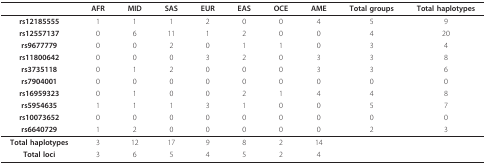
|  | AFR | MID | SAS | EUR | EAS | OCE | AME | Total groups | Total haplotypes |
 | --- | --- | --- | --- | --- | --- | --- | --- | --- | --- |
 | rs12185555 | 1 | 1 | 1 | 2 | 0 | 0 | 4 | 5 | 9 |
 | rs12557137 | 0 | 6 | 11 | 1 | 2 | 0 | 0 | 4 | 20 |
 | rs9677779 | 0 | 0 | 2 | 0 | 1 | 1 | 0 | 3 | 4 |
 | rs11800642 | 0 | 0 | 0 | 3 | 2 | 0 | 3 | 3 | 8 |
 | rs3735118 | 0 | 1 | 2 | 0 | 0 | 0 | 3 | 3 | 6 |
 | rs7904001 | 0 | 0 | 0 | 0 | 0 | 0 | 0 | 0 | 0 |
 | rs16959323 | 0 | 1 | 0 | 0 | 2 | 1 | 4 | 4 | 8 |
 | rs5954635 | 1 | 1 | 1 | 3 | 1 | 0 | 0 | 5 | 7 |
 | rs10073652 | 0 | 0 | 0 | 0 | 0 | 0 | 0 | 0 | 0 |
 | rs6640729 | 1 | 2 | 0 | 0 | 0 | 0 | 0 | 2 | 3 |
 | Total haplotypes | 3 | 12 | 17 | 9 | 8 | 2 | 14 |  |  |
 | Total loci | 3 | 6 | 5 | 4 | 5 | 2 | 4 |  |  |